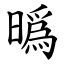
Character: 㬙